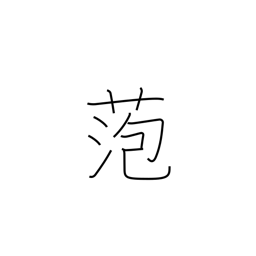
Meaning: bog